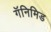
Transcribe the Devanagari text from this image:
गॅनिमिड